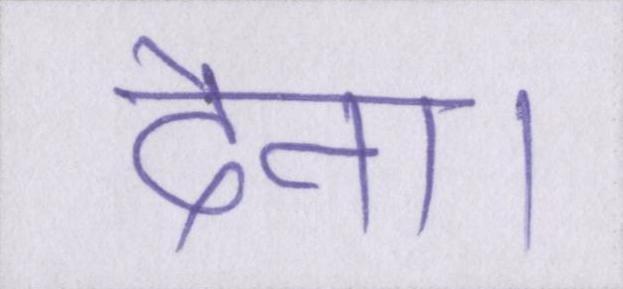
देना।